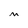
Character: m